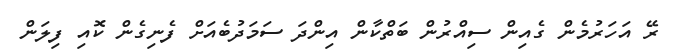
ރޭ އަހަރުމެން ގެއިން ސިއްރުން ބަތްކާން އިންދަ ސަމަދުބެއަށް ފެނިގެން ކޮއި ފިލަން